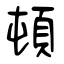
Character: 頓